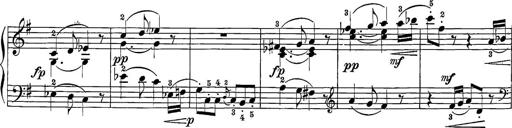
Title: 12 Sonatine per Pianoforte
Composer: Friedrich Kuhlau